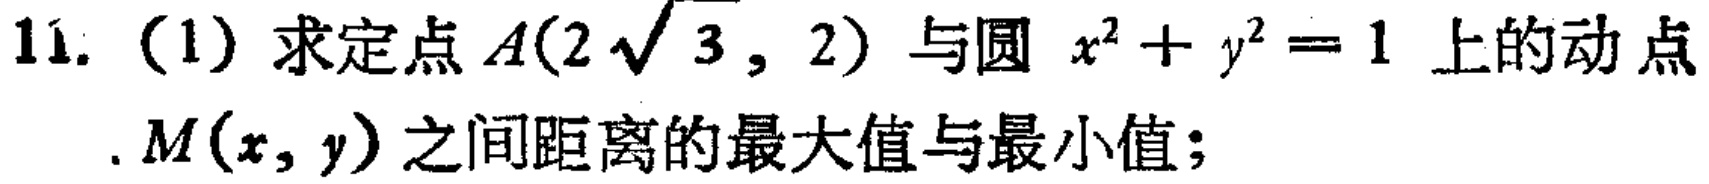
11. (1) 求定点\(A(2\sqrt{3},2)\)与圆 \(x^{2}+y^{2}=1\) 上的动点 \(M(x,y)\)之间距离的最大值与最小值；